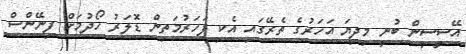
އޭސީސީން ބުނީ މިދިޔަ އަހަރުގެ ތެރޭގައި އެކި ފަހަރުމަތިން ޑޮލަރު ހޯދުމަށް ފިނޭންސް